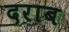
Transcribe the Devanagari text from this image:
दराब